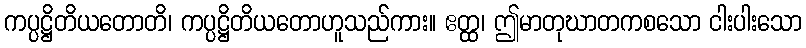
ကပ္ပဋ္ဌိတိယတောတိ၊ ကပ္ပဋ္ဌိတိယတောဟူသည်ကား။ ဧတ္ထ၊ ဤမာတုဃာတကစသော ငါးပါးသော